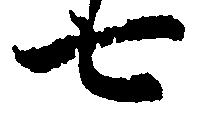
七